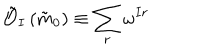
\tilde { \mathcal { O } } _ { I } \left( \tilde { m } _ { 0 } \right) \equiv \sum _ { r } \omega ^ { I r }